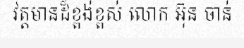
វត្តមានដ៏ខ្ពង់ខ្ពស់ លោក អ៊ុន ចាន់